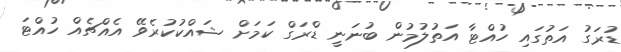
ޑުރަގު އަތުގައި ހުއްޓާ އަތުލުމުން ބުނަނީ ޑްރަގް ކަމަށް ޝައްކުކުރެވޭ އެއްޗެއް ހުއްޓަ